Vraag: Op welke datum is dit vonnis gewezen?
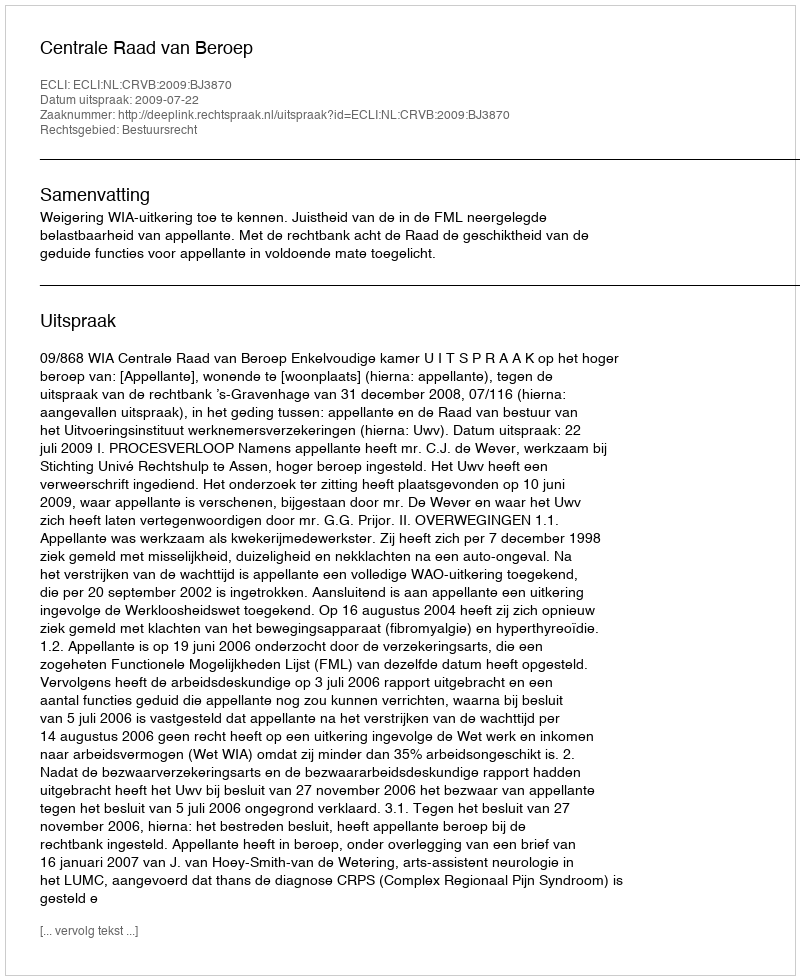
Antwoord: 2009-07-22